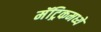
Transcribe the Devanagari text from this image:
मॅट्रिकमध्ये